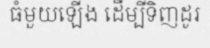
ធំមួយឡើង ដើម្បីទិញដូរ